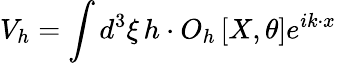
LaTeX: V_{h}=\int d^{3}\xi\, h\cdot O_{h}\left[X,\theta\right]e^{ik\cdot x}